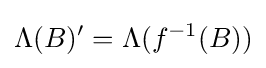
\Lambda (B)'=\Lambda (f^{-1}(B))